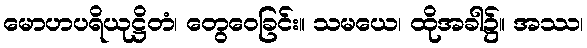
မောဟပရိယုဋ္ဌိတံ၊ တွေဝေခြင်း။ သမယေ၊ ထိုအခါ၌။ အဿ၊